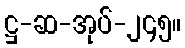
ဋ္ဌ-ဆ-အုပ်-၂၄၅။